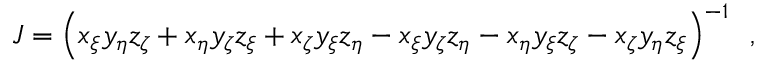
J = \left( x _ { \xi } y _ { \eta } z _ { \zeta } + x _ { \eta } y _ { \zeta } z _ { \xi } + x _ { \zeta } y _ { \xi } z _ { \eta } - x _ { \xi } y _ { \zeta } z _ { \eta } - x _ { \eta } y _ { \xi } z _ { \zeta } - x _ { \zeta } y _ { \eta } z _ { \xi } \right) ^ { - 1 } \, \mathrm { ~ , ~ }